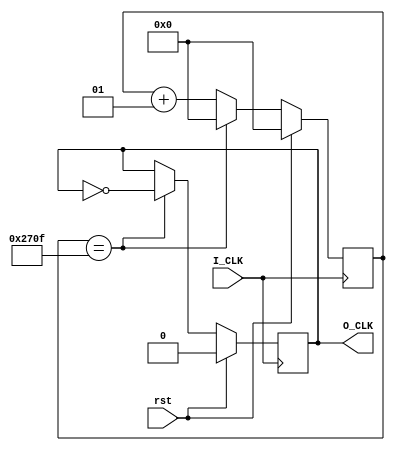
module Divider(
    input 			I_CLK	,
    input 			rst		,
    output reg 		O_CLK
);
    parameter base = 20000;
    integer cnt;
    initial begin cnt <=  0; O_CLK <= 0; end
    always @(posedge I_CLK) begin
        if(rst == 1) begin cnt <= 0; O_CLK <= 0; end
        else begin 
            cnt <= cnt + 1;
            if(cnt == base / 2 - 1) begin O_CLK <= ~O_CLK; cnt <= 0; end
        end
    end 
endmodule

module trans7(
    input [3:0] 	iData	,
    output [7:0] 	oData
    );
    wire [15:0] 	num		;
	wire a,b,c,d,e,f,g,dp;
    assign num[0] = (~iData[3] & ~iData[2] & ~iData[1] & ~iData[0]);
    assign num[1] = (~iData[3] & ~iData[2] & ~iData[1] & iData[0]);
    assign num[2] = (~iData[3] & ~iData[2] & iData[1] & ~iData[0]);
    assign num[3] = (~iData[3] & ~iData[2] & iData[1] & iData[0]);
    assign num[4] = (~iData[3] & iData[2] & ~iData[1] & ~iData[0]);
    assign num[5] = (~iData[3] & iData[2] & ~iData[1] & iData[0]);
    assign num[6] = (~iData[3] & iData[2] & iData[1] & ~iData[0]);
    assign num[7] = (~iData[3] & iData[2] & iData[1] & iData[0]);
    assign num[8] = (iData[3] & ~iData[2] & ~iData[1] & ~iData[0]);
    assign num[9] = (iData[3] & ~iData[2] & ~iData[1] & iData[0]);
	assign num[10] = (iData[3] & ~iData[2] & iData[1] & ~iData[0]);
	assign num[11] = (iData[3] & ~iData[2] & iData[1] & iData[0]);
	assign num[12] = (iData[3] & iData[2] & ~iData[1] & ~iData[0]);
	assign num[13] = (iData[3] & iData[2] & ~iData[1] & iData[0]);
	assign num[14] = (iData[3] & iData[2] & iData[1] & ~iData[0]);
	assign num[15] = (iData[3] & iData[2] & iData[1] & iData[0]);
    assign a = num[1] | num[4] | num[11] | num[13];
    assign b = num[5] | num[6] | num[11] | num[12] | num[14] | num[15];
    assign c = num[2] | num[12] | num[14] | num[15];
    assign d = num[1] | num[4] | num[7] | num[10] | num[15];
    assign e = num[1] | num[3] | num[4] | num[5] | num[7] | num[9];
    assign f = num[1] | num[2] | num[3] | num[7] | num[13];
    assign g = num[0] | num[1] | num[7] | num[12];
	assign dp = num[0] | num[1]| num[2]| num[3]| num[4]| num[5]| num[6]| num[7]| num[8]| num[9];
    assign oData = {dp,g,f,e,d,c,b,a};
endmodule

module display7(
	input 				clk		,
	input [3:0] 		led1	,
	input [3:0] 		led2	,
	input [3:0] 		led3	,
	input [3:0] 		led4	,
	input [3:0] 		led5	,
	input [3:0] 		led6	,
	input [3:0] 		led7	,
	input [3:0] 		led8	,
	output reg [7:0] 	ena		,
	output [7:0] 		ctl
);
    wire display_clk;
    Divider display_div(.I_CLK(clk), .O_CLK(display_clk));
	reg [3:0] led;
	trans7 trans7_0(led, ctl);
	reg [2:0] cnt;
	initial begin
	  cnt <= 0;
	  ena <= 0;
	end
	always @(posedge display_clk) begin
		cnt <= cnt + 1;
	end
	always @(posedge display_clk)
		case(cnt)
			default: led <= led1;
			3'b000:	led <= led1;
			3'b001:	led <= led2;
			3'b010:	led <= led3;
			3'b011:	led <= led4;
			3'b100:	led <= led5;
			3'b101:	led <= led6;
			3'b110:	led <= led7;
			3'b111:	led <= led8;
		endcase
	always @(posedge display_clk)
		case(cnt)
			default: ena <= 8'b11111110;
			3'b000:	ena <= 8'b11111110;
			3'b001:	ena <= 8'b11111101;
			3'b010:	ena <= 8'b11111011;
			3'b011:	ena <= 8'b11110111;
			3'b100:	ena <= 8'b11101111;
			3'b101:	ena <= 8'b11011111;
			3'b110:	ena <= 8'b10111111;
			3'b111:	ena <= 8'b01111111;
		endcase
endmodule